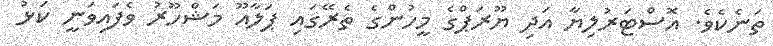
ތަނެކެވެ. އޮސްޓަރުލިޔާ އަދި ޔޫރަޕްގެ މީހުންގެ ތެރޭގައި ޕަލާއޫ މަޝްހޫރު ވެފައިވަނީ ކަޅު